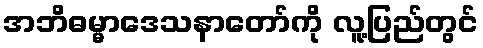
အဘိဓမ္မာဒေသနာတော်ကို လူ့ပြည်တွင်